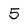
Character: 5